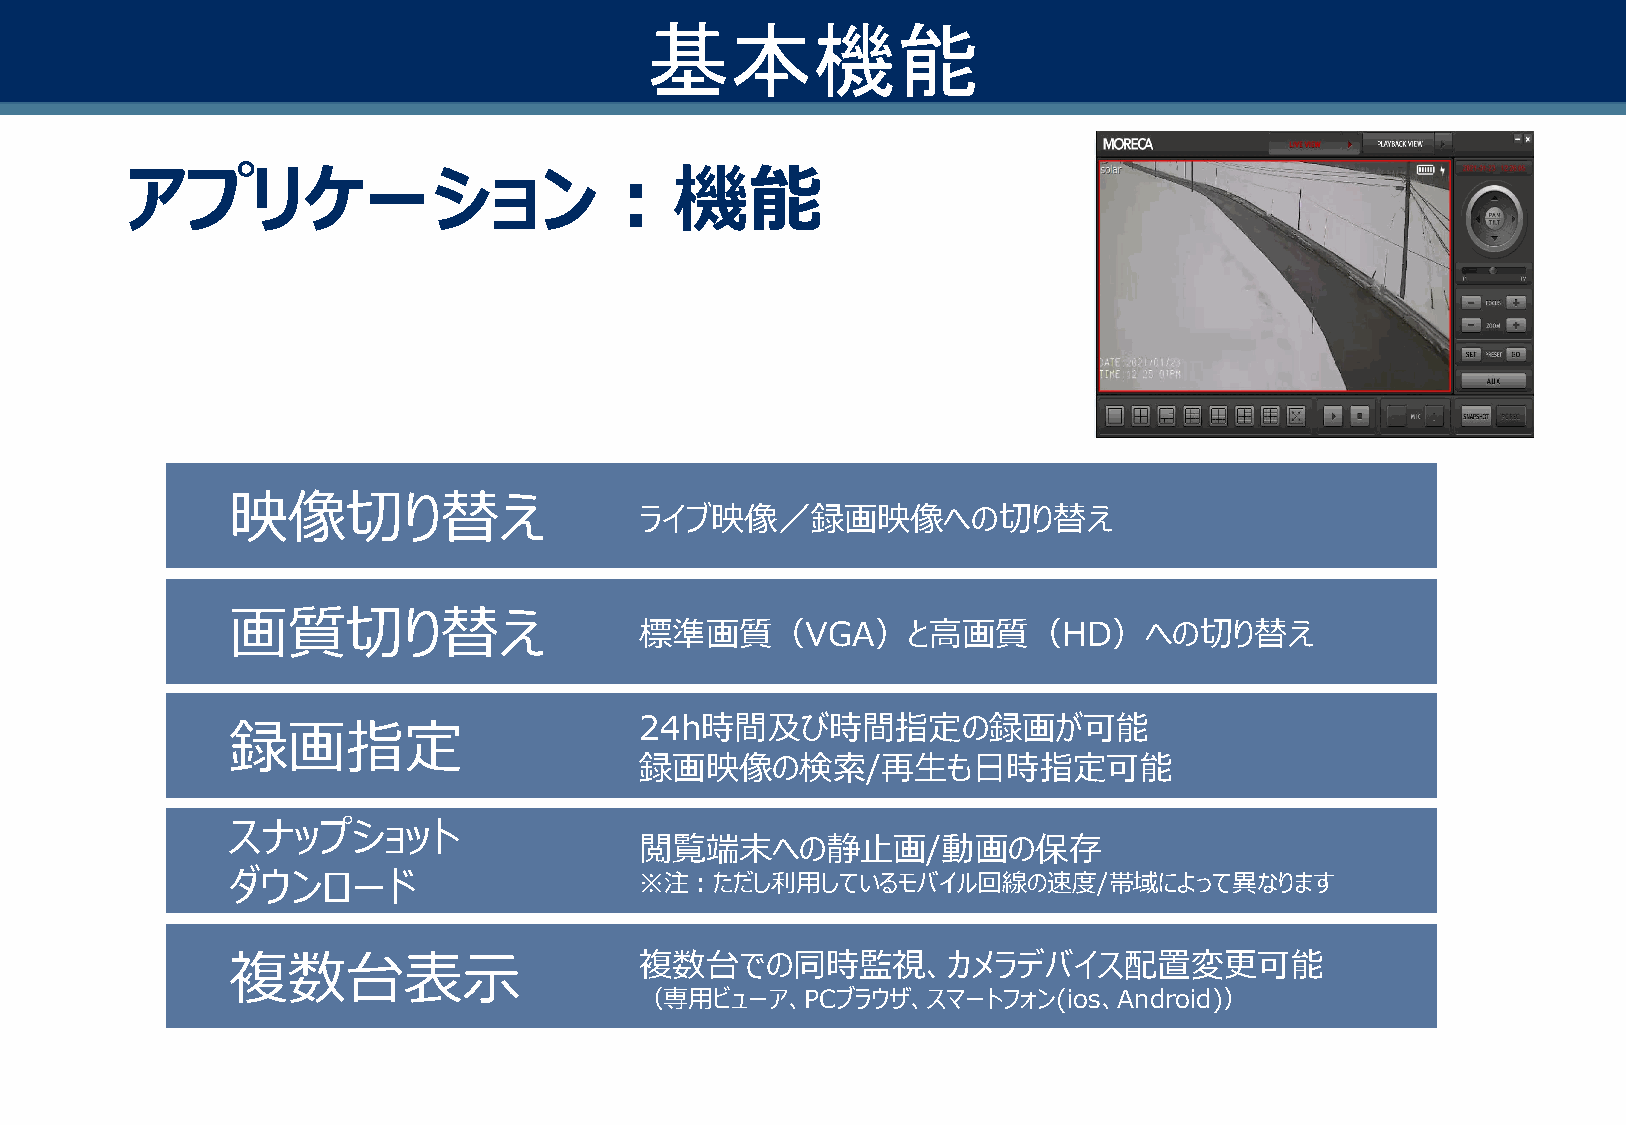
基本機能
 アプリケーション：機能
 映像切り替え                     ライブ映像／録画映像への切り替え
 画質切り替え                     標準画質（VGA）と高画質（HD）への切り替え
 24h時間及び時間指定の録画が可能
 録画指定
 録画映像の検索/再生も日時指定可能
 スナップショット
 閲覧端末への静止画/動画の保存
 ダウンロード                     ※注：ただし利用しているモバイル回線の速度/帯域によって異なります
 複数台での同時監視、カメラデバイス配置変更可能
 複数台表示
 （専用ビューア、PCブラウザ、スマートフォン(ios、Android)）